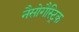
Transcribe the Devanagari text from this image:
नैसोगैस्ट्रिक